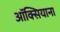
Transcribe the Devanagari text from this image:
ऑक्सियाना